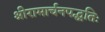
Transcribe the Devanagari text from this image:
श्रीरामार्चनपद्धतिः